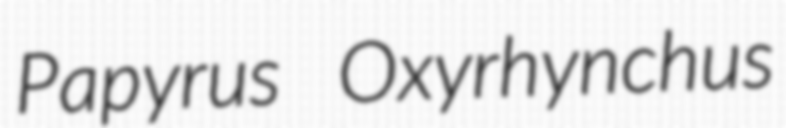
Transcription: Papyrus Oxyrhynchus